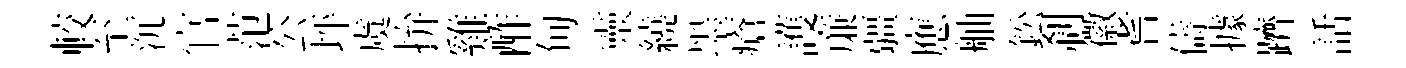
較至沉官范公坪虞拚雞酢甸靈繞墨瘡護亷疆應舳鈆刹徽耆儔據躋話